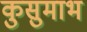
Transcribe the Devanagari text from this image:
कुसुमाभ